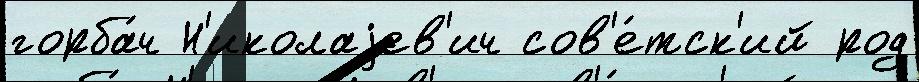
горба́ч Н'иколаjев'ич сов'е́тск'ий род